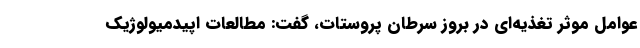
عوامل موثر تغذیه‌ای در بروز سرطان پروستات، گفت: مطالعات اپیدمیولوژیک